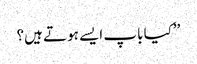
’’کیا باپ ایسے ہوتے ہیں؟